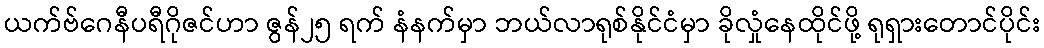
ယက်ဗ်ဂေနီပရီဂိုဇင်ဟာ ဇွန်၂၅ ရက် နံနက်မှာ ဘယ်လာရုစ်နိုင်ငံမှာ ခိုလှုံနေထိုင်ဖို့ ရုရှားတောင်ပိုင်း